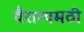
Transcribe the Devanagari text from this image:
वैराग्यमठी